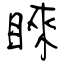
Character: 睞